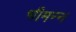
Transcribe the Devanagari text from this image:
भीमन्‍न